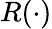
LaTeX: R(\cdot)